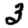
Digit: 3